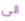
الى